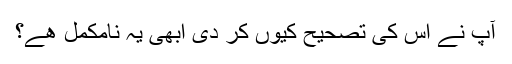
آپ نے اس كی تصحيح كيوں كر دی ابھی یہ نامكمل هے؟